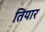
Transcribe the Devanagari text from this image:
तियार